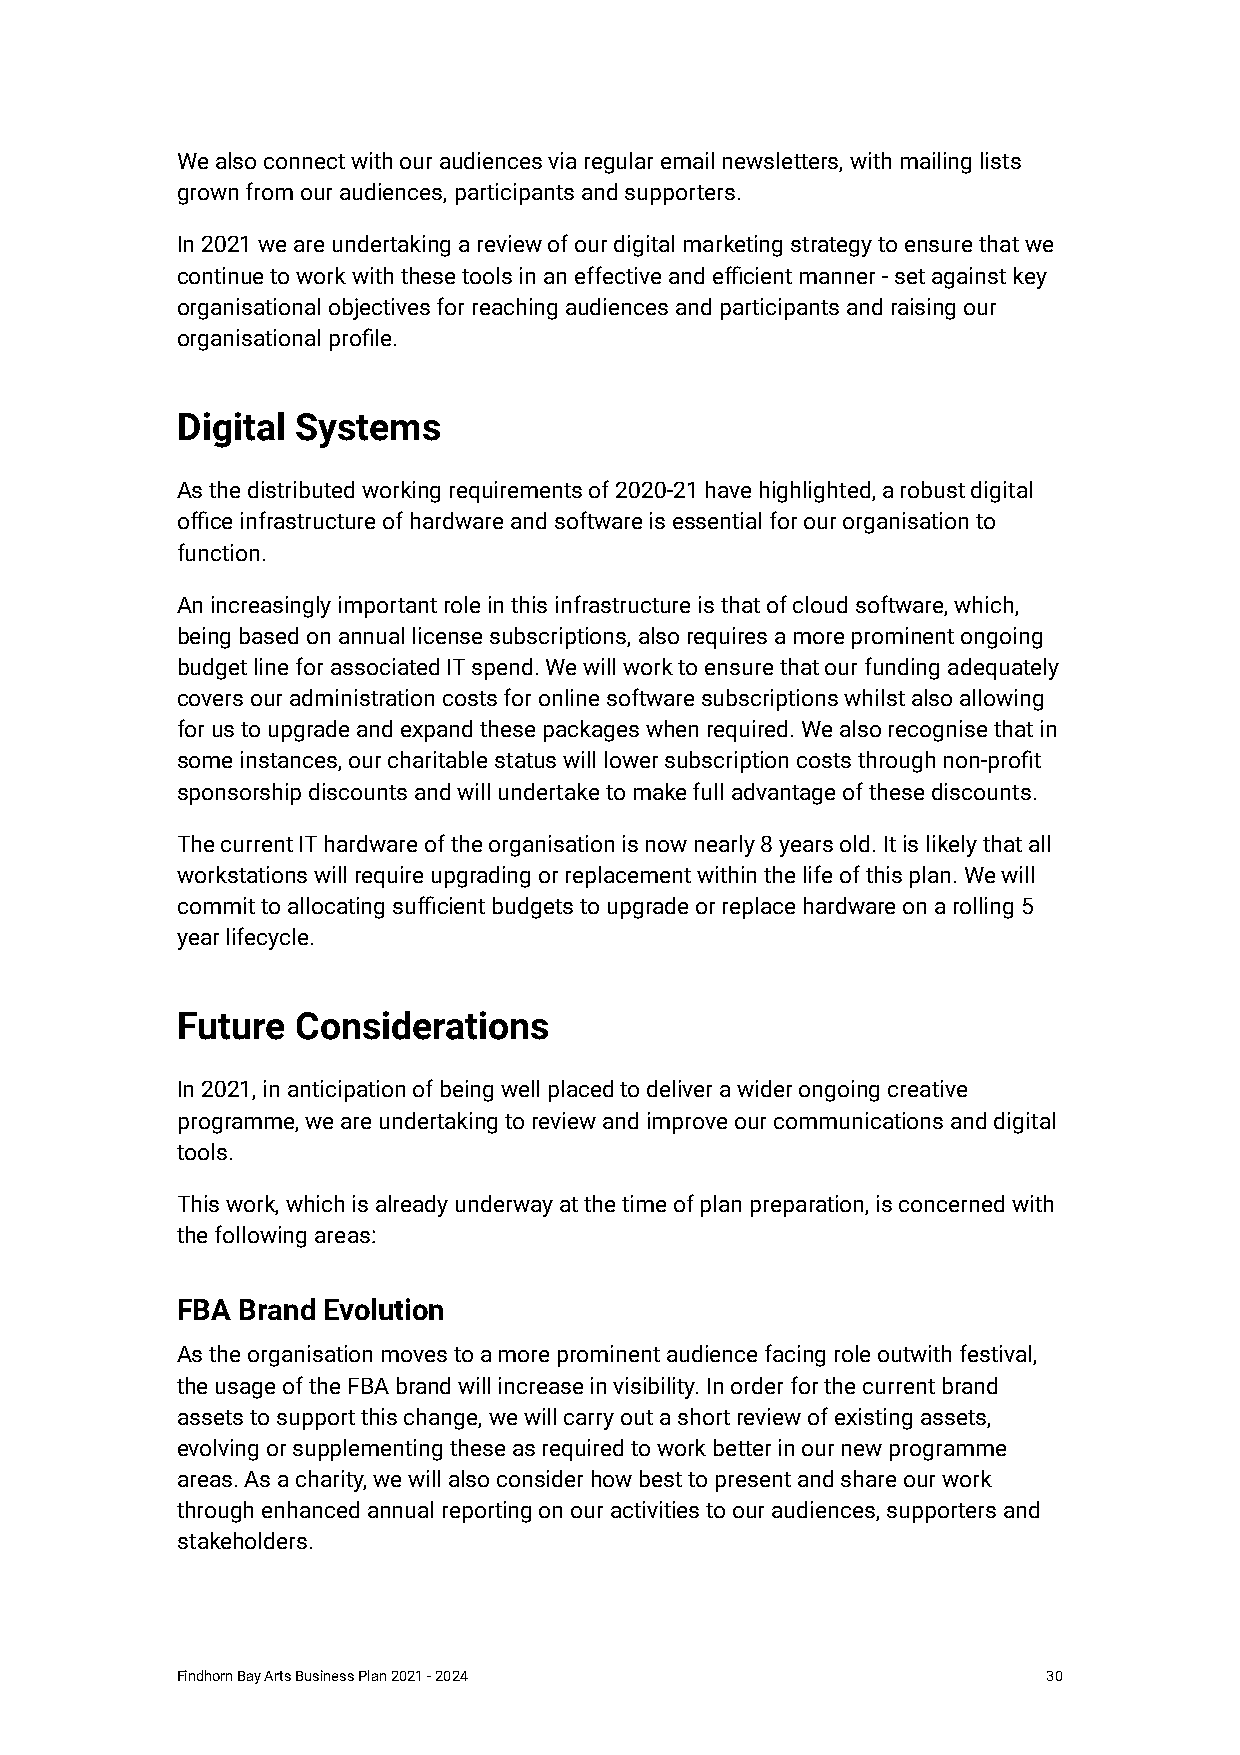
We also connect with our audiences via regular email newsletters, with mailing lists
 grown from our audiences, participants and supporters.
 In 2021 we are undertaking a review of our digital marketing strategy to ensure that we
 continue to work with these tools in an effective and efficient manner - set against key
 organisational objectives for reaching audiences and participants and raising our
 organisational profile.
 Digital Systems
 As the distributed working requirements of 2020-21 have highlighted, a robust digital
 office infrastructure of hardware and software is essential for our organisation to
 function.
 An increasingly important role in this infrastructure is that of cloud software, which,
 being based on annual license subscriptions, also requires a more prominent ongoing
 budget line for associated IT spend. We will work to ensure that our funding adequately
 covers our administration costs for online software subscriptions whilst also allowing
 for us to upgrade and expand these packages when required. We also recognise that in
 some instances, our charitable status will lower subscription costs through non-profit
 sponsorship discounts and will undertake to make full advantage of these discounts.
 The current IT hardware of the organisation is now nearly 8 years old. It is likely that all
 workstations will require upgrading or replacement within the life of this plan. We will
 commit to allocating sufficient budgets to upgrade or replace hardware on a rolling 5
 year lifecycle.
 Future  Considerations
 In 2021, in anticipation of being well placed to deliver a wider ongoing creative
 programme, we are undertaking to review and improve our communications and digital
 tools.
 This work, which is already underway at the time of plan preparation, is concerned with
 the following areas:
 FBA Brand Evolution
 As the organisation moves to a more prominent audience facing role outwith festival,
 the usage of the FBA brand will increase in visibility. In order for the current brand
 assets to support this change, we will carry out a short review of existing assets,
 evolving or supplementing these as required to work better in our new programme
 areas. As a charity, we will also consider how best to present and share our work
 through enhanced annual reporting on our activities to our audiences, supporters and
 stakeholders.
 Findhorn Bay Arts Business Plan 2021 - 2024              30